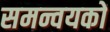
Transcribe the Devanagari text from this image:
समन्वयकों